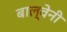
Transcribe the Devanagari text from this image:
बाल्वेनी